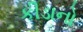
કીડાનો